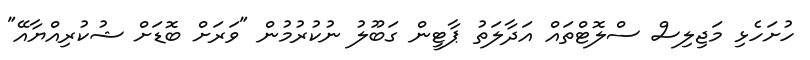
ހުށަހެޅި މަޖިލިސް ސްލޮޓްތައް އަދާލަތު ޕާޓީން ގަބޫލު ނުކުރުމުން "ވަރަށް ބޮޑަށް ޝުކުރިއްޔާއޭ"